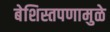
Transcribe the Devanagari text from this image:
बेशिस्तपणामुळे